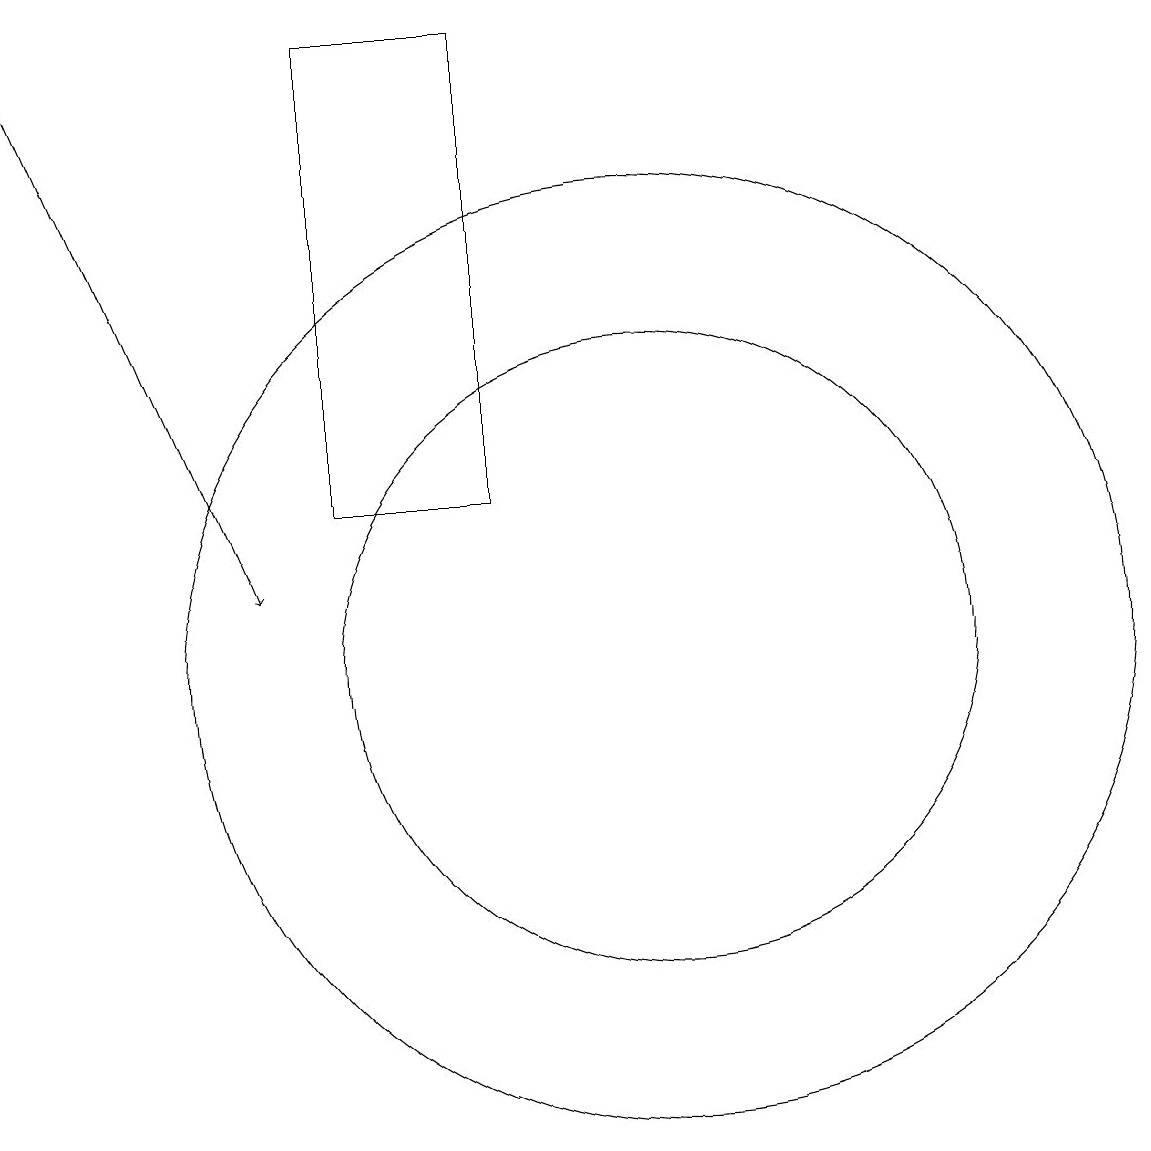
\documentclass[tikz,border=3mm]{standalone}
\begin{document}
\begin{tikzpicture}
\draw (10,10) circle (6);
\draw (8,18) rectangle (6,12);
\draw (10,10) circle (4);
\draw[->] (2,18) -- (5,11);
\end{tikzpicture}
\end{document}